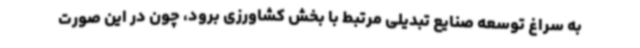
به سراغ توسعه صنایع تبدیلی مرتبط با بخش کشاورزی برود، چون در این صورت